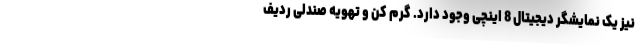
نیز یک نمایشگر دیجیتال 8 اینچی وجود دارد. گرم کن و تهویه صندلی ردیف